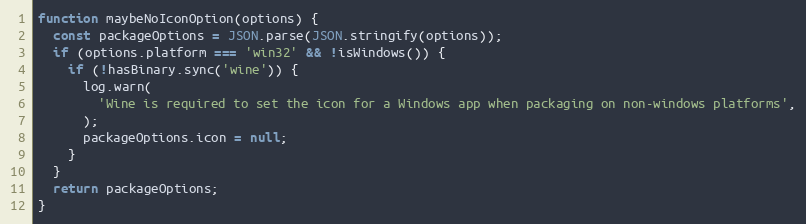
Language: JavaScript
function maybeNoIconOption(options) {
  const packageOptions = JSON.parse(JSON.stringify(options));
  if (options.platform === 'win32' && !isWindows()) {
    if (!hasBinary.sync('wine')) {
      log.warn(
        'Wine is required to set the icon for a Windows app when packaging on non-windows platforms',
      );
      packageOptions.icon = null;
    }
  }
  return packageOptions;
}